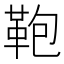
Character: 鞄